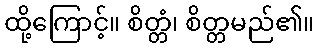
ထို့ကြောင့်။ စိတ္တံ၊ စိတ္တမည်၏။